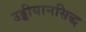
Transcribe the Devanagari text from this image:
उड्डीयानसिद्ध